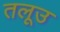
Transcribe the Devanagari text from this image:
तलूउ